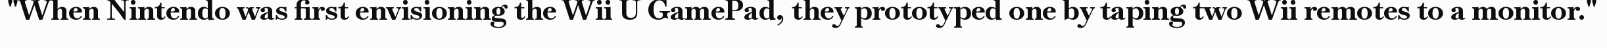
"When Nintendo was first envisioning the Wii U GamePad, they prototyped one by taping two Wii remotes to a monitor."